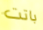
باتت